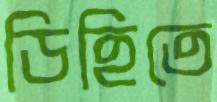
ডিহিতে